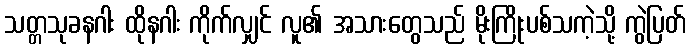
သတ္တသုခနဂါး ထိုနဂါး ကိုက်လျှင် လူ၏ အသားတွေသည် မိုးကြိုးပစ်သကဲ့သို့ ကွဲပြတ်